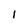
Character: 1